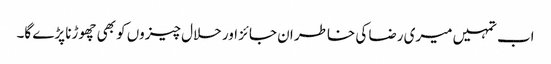
اب تمہیں میری رضا کی خاطر ان جائز اور حلال چیزوں کو بھی چھوڑنا پڑے گا۔